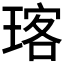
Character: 𪻽